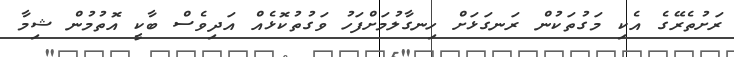
ރަށުތެރޭގެ އެކި މަގުތަކުން ރަނގަޅަށް ހިނގާލުމަށްފަހު ވަގުތުކޮޅެއް އަދިވެސް ބާކީ އޮތުމުން ޝިމާ